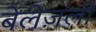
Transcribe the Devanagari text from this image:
बेलेज़ली